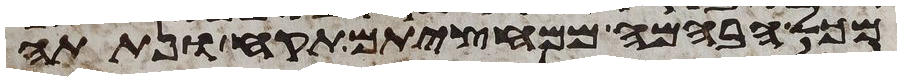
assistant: מכל הבהמה ממחציתם תקח ונתתה